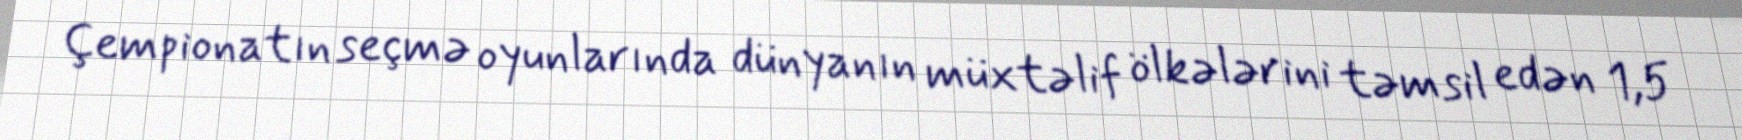
Çempionatın seçmə oyunlarında dünyanın müxtəlif ölkələrini təmsil edən 1,5